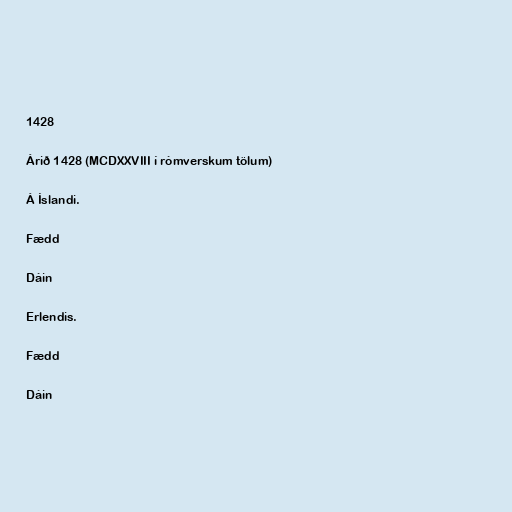
1428

Árið 1428 (MCDXXVIII í rómverskum tölum)

Á Íslandi.

Fædd

Dáin

Erlendis.

Fædd

Dáin